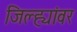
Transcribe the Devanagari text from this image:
जिल्ह्यांवर